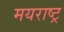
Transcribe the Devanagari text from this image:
मयराष्ट्र